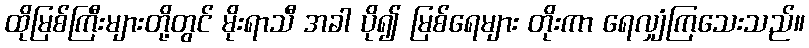
ထိုမြစ်ကြီးများတို့တွင် မိုးရာသီ အခါ ပို၍ မြစ်ရေများ တိုးကာ ရေလျှံကြသေးသည်။